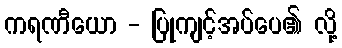
ကရဏီယော - ပြုကျင့်အပ်ပေ၏ လို့